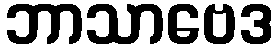
ဘာသာဗေဒ